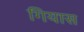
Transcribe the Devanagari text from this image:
गियास